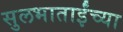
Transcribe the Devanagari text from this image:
सुलभाताईंच्या